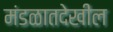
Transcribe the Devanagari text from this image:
मंडळातदेखील